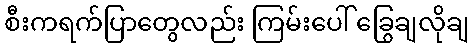
စီးကရက်ပြာတွေလည်း ကြမ်းပေါ် ခြွေချလိုချ